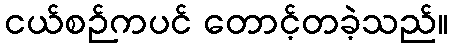
ငယ်စဉ်ကပင် တောင့်တခဲ့သည်။